Problem: 2 × 8 = ?
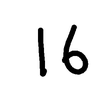
Handwritten answer: 16